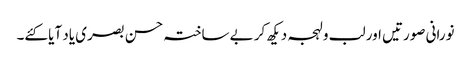
نورانی صورتیں اور لب و لہجہ دیکھ کر بے ساختہ حسن بصری یاد آیا کئے۔